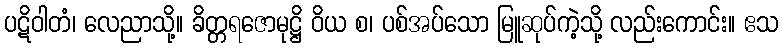
ပဋိဝါတံ၊ လေညာသို့။ ခိတ္တရဇောမုဋ္ဌိ ဝိယ စ၊ ပစ်အပ်သော မြူဆုပ်ကဲ့သို့ လည်းကောင်း။ ဧသ